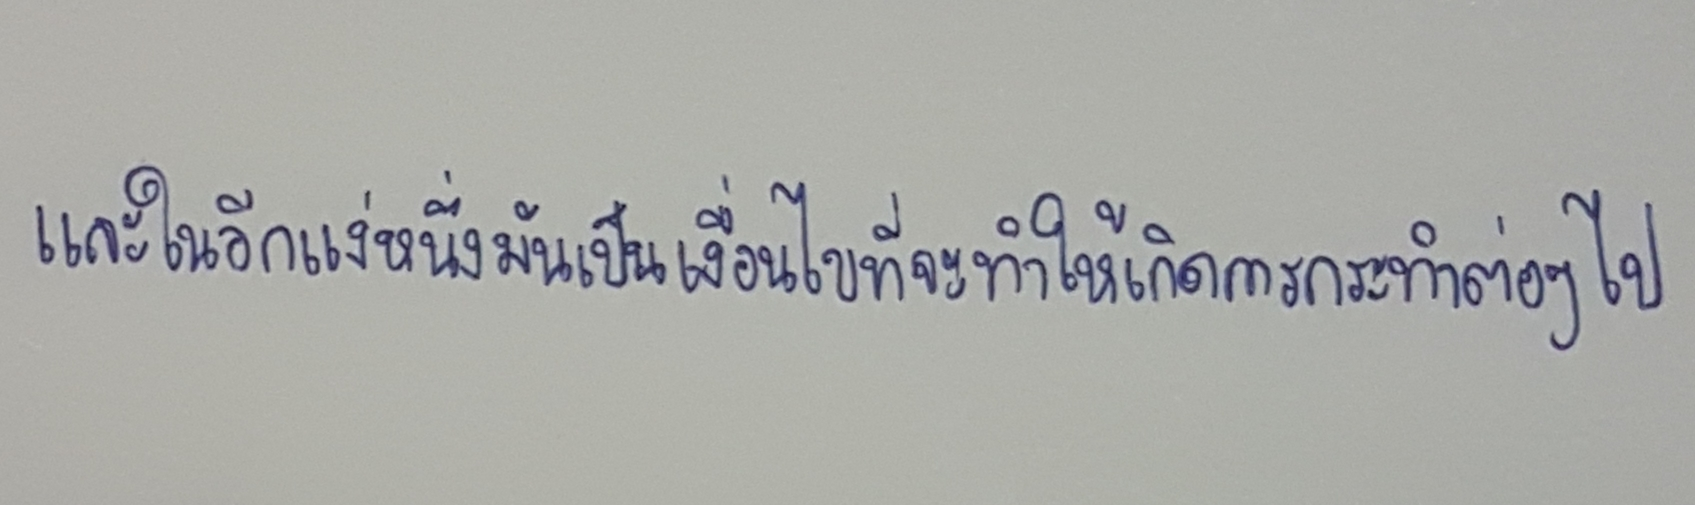
และในอีกแง่หนึ่งมันเป็นเงื่อนไขที่จะทำให้เกิดการกระทำต่อๆ ไป"